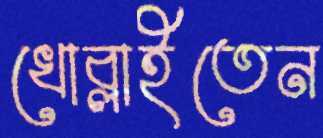
খোব্‌লাইতেন